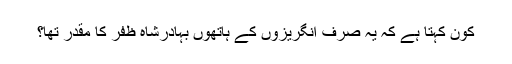
کون کہتا ہے کہ یہ صرف انگریزوں کے ہاتھوں بہادرشاہ ظفر کا مقدر تھا؟